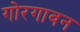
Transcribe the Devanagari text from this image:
गोरगावन